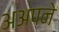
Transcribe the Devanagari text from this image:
अअपने